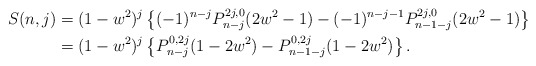
\begin{align*}S(n,j) &= (1-w^2)^j\left\{(-1)^{n-j}P_{n-j}^{2j,0}(2w^2-1) - (-1)^{n-j-1}P_{n-1-j}^{2j,0}(2w^2-1)\right\}\\& = (1-w^2)^j\left\{P_{n-j}^{0,2j}(1-2w^2) - P_{n-1-j}^{0,2j}(1-2w^2)\right\}.\end{align*}